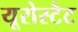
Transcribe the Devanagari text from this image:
यूरोस्टैट